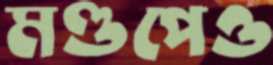
মণ্ডপেও